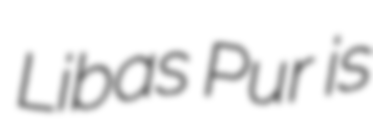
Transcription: Libas Pur is